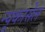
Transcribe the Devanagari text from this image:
न्यूकासेल